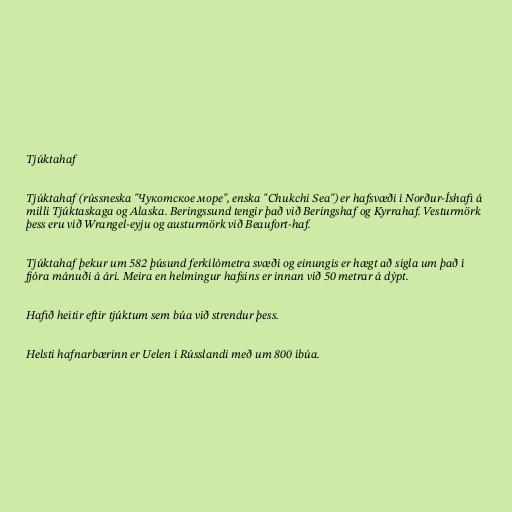
Tjúktahaf

Tjúktahaf (rússneska "Чукотское море", enska "Chukchi Sea") er hafsvæði í Norður-Íshafi á
milli Tjúktaskaga og Alaska. Beringssund tengir það við Beringshaf og Kyrrahaf. Vesturmörk
þess eru við Wrangel-eyju og austurmörk við Beaufort-haf.

Tjúktahaf þekur um 582 þúsund ferkílómetra svæði og einungis er hægt að sigla um það í
fjóra mánuði á ári. Meira en helmingur hafsins er innan við 50 metrar á dýpt.

Hafið heitir eftir tjúktum sem búa við strendur þess.

Helsti hafnarbærinn er Uelen í Rússlandi með um 800 íbúa.